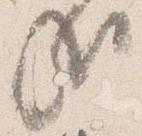
哉